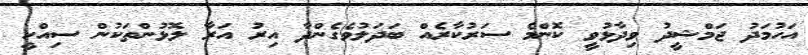
އަހުމަދު ޖަމްޝީދު ވިދާޅުވީ ކޮންމެ ސަރުކާރެއް ބަދަލުވެގެންދާ އިރު އަރާ ލޮޅުންތަކުން ސިއްހީ